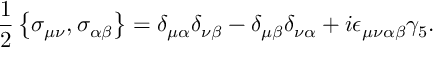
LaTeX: \frac { 1 } { 2 } \left\{ \sigma _ { \mu \nu } , \sigma _ { \alpha \beta } \right\} = \delta _ { \mu \alpha } \delta _ { \nu \beta } - \delta _ { \mu \beta } \delta _ { \nu \alpha } + i \epsilon _ { \mu \nu \alpha \beta } \gamma _ { 5 } .